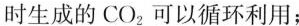
时生成的CO_{2}可以循环利用；